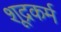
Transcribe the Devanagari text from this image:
शूद्रकर्म